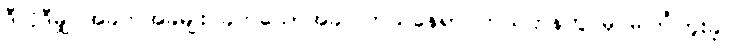
ဒီလိုဒီမျှ အခက်အခဲမျိုး ခက်သောအခါ၊ ဘယ်နေရာ ဘယ်ဌာနတွင်မှ မကြုံဘူးခဲ့၊